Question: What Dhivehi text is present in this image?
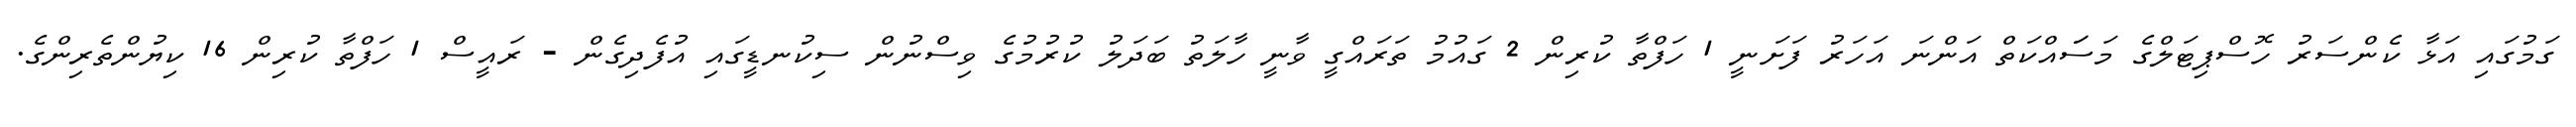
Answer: ގަމުގައި އަޅާ ކެންސަރު ހޮސްޕިޓަލްގެ މަސަައްކަތް އަންނަ އަހަރު ފަށަނީ 1 ހަފްތާ ކުރިން 2 ގައުމު ތަރައްގީ ވާނީ ހާލަތު ބަދަލު ކުރުމުގެ ވިސްނުން ސިކުނޑީގައި އުފެދިގެން - ރައީސް 1 ހަފްތާ ކުރިން 16 ކިޔުންތެރިންގެ.